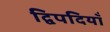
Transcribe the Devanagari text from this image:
द्विपदियाँ